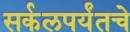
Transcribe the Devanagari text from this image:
सर्कलपर्यंतचे